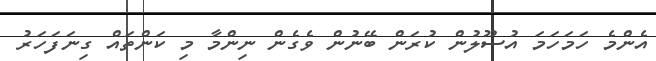
އެންމެ ހަމަހަމަ އުސޫލުން ކުރަން ބޭނުން ވެގެން ނިންމާ މި ކަންތައް ގިނަފަހަރު